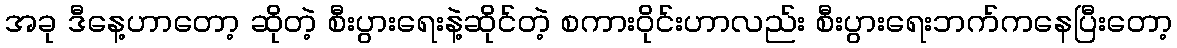
အခု ဒီနေ့ဟာတော့ ဆိုတဲ့ စီးပွားရေးနဲ့ဆိုင်တဲ့ စကားဝိုင်းဟာလည်း စီးပွားရေးဘက်ကနေပြီးတော့